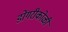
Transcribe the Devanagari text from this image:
डोंगरीकोळी